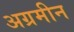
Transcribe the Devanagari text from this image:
अग्रमीन